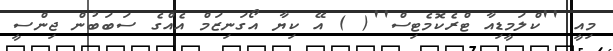
މިއީ ''ކްލަމީޑިއާ ޓްރެކޮމެޓިސް''( ) އޭ ކިޔާ އޯގަނިޒަމް އެއްގެ ސަބަބުން ޖިންސީ